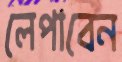
লেপাবেন